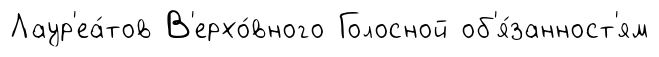
Лаур'еа́тов В'ерхо́вного Голосной об'я́занност'ям